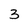
Character: 3